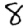
Digit: 8